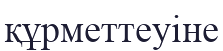
құрметтеуіне